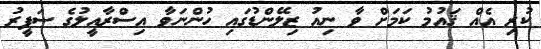
ކުރި އެއް ޤައުމު ކަމަށް ވާ ނިއު ޒިލޭންޑުގައި ހުންނަވާ އިސްރާއީލުގެ ސަފީރު